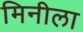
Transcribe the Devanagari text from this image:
मिनीला